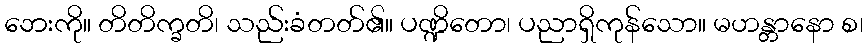
ဘေးကို။ တိတိက္ခတိ၊ သည်းခံတတ်၏။ ပဏ္ဍိတော၊ ပညာရှိကုန်သော။ မဟန္တာနော စ၊